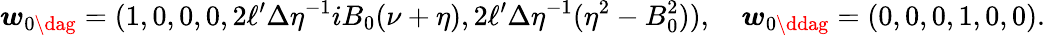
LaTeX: \boldsymbol{w}_{0\dag}=(1,0,0,0,2\ell^{\prime}\Delta\eta^{-1}iB_{0}(\nu+\eta),2\ell^{\prime}\Delta\eta^{-1}(\eta^{2}-B_{0}^{2})),\quad\boldsymbol{w}_{0\ddag}=(0,0,0,1,0,0).